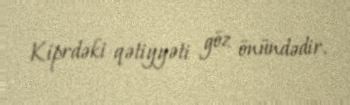
Kiprdəki qətiyyəti göz önündədir.